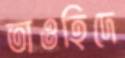
তাওহিদে